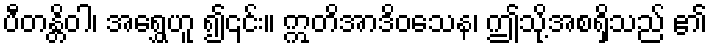
ပီတန္တိဝါ၊ အရွှေဟူ ၍၎င်း။ ဣတိအာဒိဝသေန၊ ဤသို့အစရှိသည် ၏